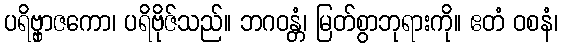
ပရိဗ္ဗှာဇကော၊ ပရိဗိုဇ်သည်။ ဘဂဝန္တံ၊ မြတ်စွာဘုရားကို။ ဧတံ ဝစနံ၊